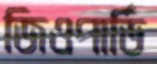
জিওপার্ডি